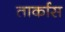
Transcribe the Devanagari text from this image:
तार्कास